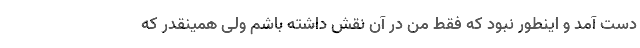
دست آمد و اینطور نبود که فقط من در آن نقش داشته باشم ولی همینقدر که